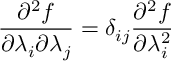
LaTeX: \frac { \partial ^ { 2 } f } { \partial \lambda _ { i } \partial \lambda _ { j } } = \delta _ { i j } \frac { \partial ^ { 2 } f } { \partial \lambda _ { i } ^ { 2 } }